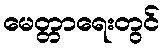
မေတ္တာရေးတွင်